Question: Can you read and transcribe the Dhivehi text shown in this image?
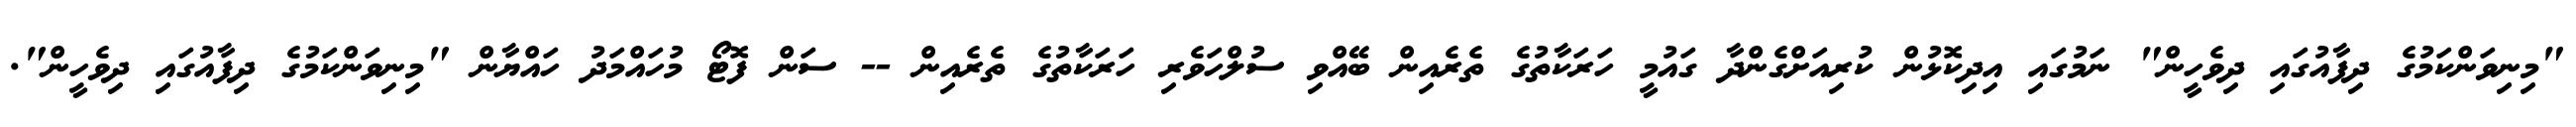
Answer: "މިނިވަންކަމުގެ ދިފާއުގައި ދިވެހީން" ނަމުގައި އިދިކޮޅުން ކުރިއަށްގެންދާ ގައުމީ ހަރަކާތުގެ ތެރެއިން ބޭއްވި ސުލްހަވެރި ހަރަކާތުގެ ތެރެއިން -- ސަން ފޮޓޯ މުހައްމަދު ހައްޔާން "މިނިވަންކަމުގެ ދިފާއުގައި ދިވެހީން".